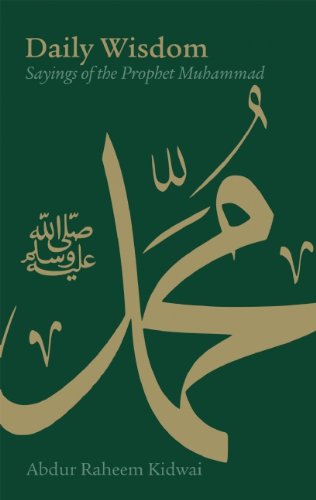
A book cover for Daily Wisdom: Sayings of the Prophet Muhammad; Abdur Raheem Kidwai; Religion & Spirituality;